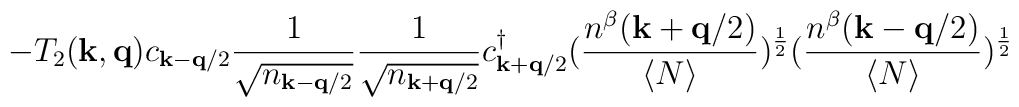
- T_{2}({\bf{k}}, {\bf{q}})c_{ {\bf{k}} - {\bf{q}}/2 }\frac{1}{\sqrt{ n_{ {\bf{k}} - {\bf{q}}/2 }}}\frac{1}{\sqrt{ n_{ {\bf{k}} + {\bf{q}}/2 }}}c^{\dagger}_{ {\bf{k}} + {\bf{q}}/2 }(\frac{ n^{\beta}({\bf{k}}+{\bf{q}}/2) }{\langle N \rangle })^{\frac{1}{2}}(\frac{ n^{\beta}({\bf{k}}-{\bf{q}}/2) }{\langle N \rangle })^{\frac{1}{2}}